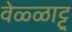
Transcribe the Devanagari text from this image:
वेळ्ळाट्टु